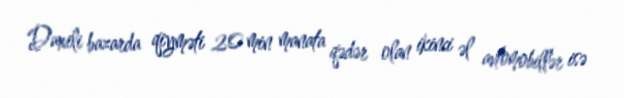
Daxili bazarda qiyməti 20 min manata qədər olan ikinci əl avtomobillər isə